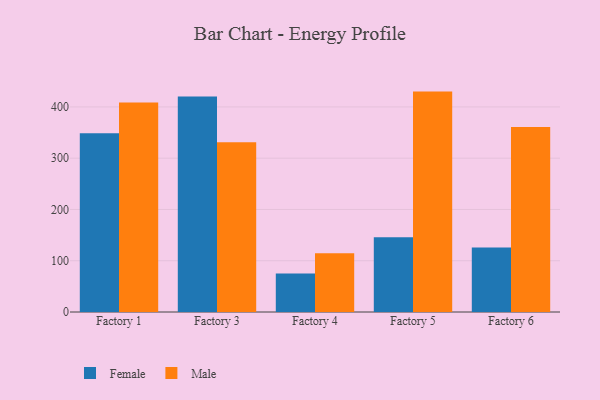
{"axis": {"x": "Factory", "y": "Backlog"}, "legend": ["Female", "Male"], "data": [{"x": "Factory 1", "y": 348.8, "type": "Female"}, {"x": "Factory 1", "y": 408.8, "type": "Male"}, {"x": "Factory 3", "y": 420.2, "type": "Female"}, {"x": "Factory 3", "y": 331.2, "type": "Male"}, {"x": "Factory 4", "y": 75.1, "type": "Female"}, {"x": "Factory 4", "y": 114.8, "type": "Male"}, {"x": "Factory 5", "y": 146.0, "type": "Female"}, {"x": "Factory 5", "y": 429.9, "type": "Male"}, {"x": "Factory 6", "y": 125.6, "type": "Female"}, {"x": "Factory 6", "y": 361.0, "type": "Male"}]}